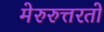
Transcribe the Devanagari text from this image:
मेरुरुत्तरतो